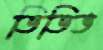
ডিডিভ